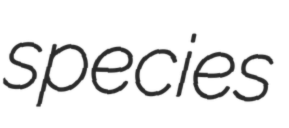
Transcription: species